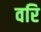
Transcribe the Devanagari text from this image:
वरि